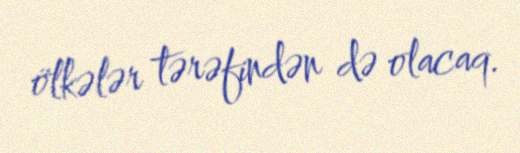
ölkələr tərəfindən də olacaq.